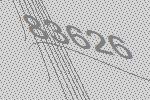
83626